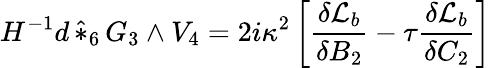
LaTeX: H^{-1}d\, \hat{*}_{6}\, G_{3}\wedge V_{4}=2i\kappa^{2}\left[\frac{\delta{\cal{L}}_{b}}{\delta B_{2}}-\tau\frac{\delta{\cal{L}}_{b}}{\delta C_{2}}\right]